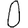
Digit: 0